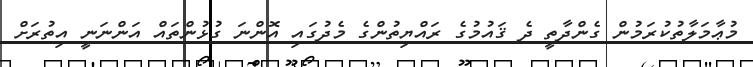
މުޢާމަލާތުކުރަމުން ގެންދާތީ ދެ ޤައުމުގެ ރައްޔިތުންގެ މެދުގައި އޮންނަ ގުޅުންތައް އަންނަނީ އިތުރަށް